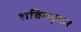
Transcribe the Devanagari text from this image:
शक्तिनुसार